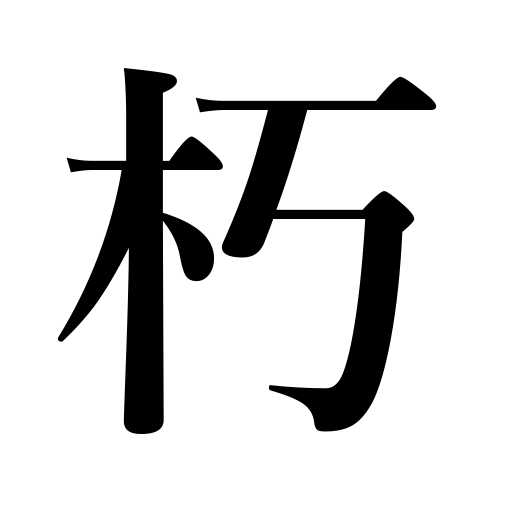
Meanings: remain in seclusion,decay,rot